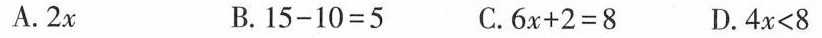
A.2x B.$$1 5 - 1 0 = 5$$ C.$$6 x + 2 = 8$$ D.$$4 x < 8$$